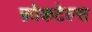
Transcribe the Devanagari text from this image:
फ़ोकटेल्स